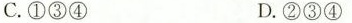
C. ①③④ D. ②③④